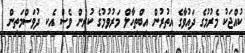
ކުއްޖަކު މެރުމުގެ ދައުވާގެ އިތުރުން އިބްތިހާލް މަރުވުމުގެ ކުރިން ވެސް އެކި ދުވަސްމަތިން